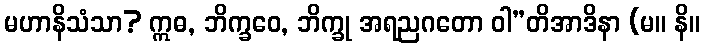
မဟာနိသံသာ? ဣဓ, ဘိက္ခဝေ, ဘိက္ခု အရညဂတော ဝါ”တိအာဒိနာ (မ။ နိ။